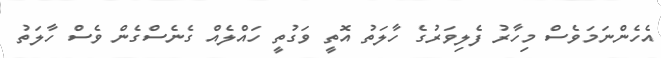
އެހެންނަމަވެސް މިހާރު ފެލިވަރުގެ ހާލަތު އޮތީ ވަގުތީ ހައްލެއް ގެނެސްގެން ވެސް ހާލަތު